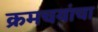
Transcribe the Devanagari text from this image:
क्रमचयांचा